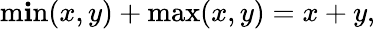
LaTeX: \operatorname*{m\mathbf{i}n}(x,y)+\operatorname*{max}(x,y)=x+y,